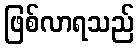
ဖြစ်လာရသည်